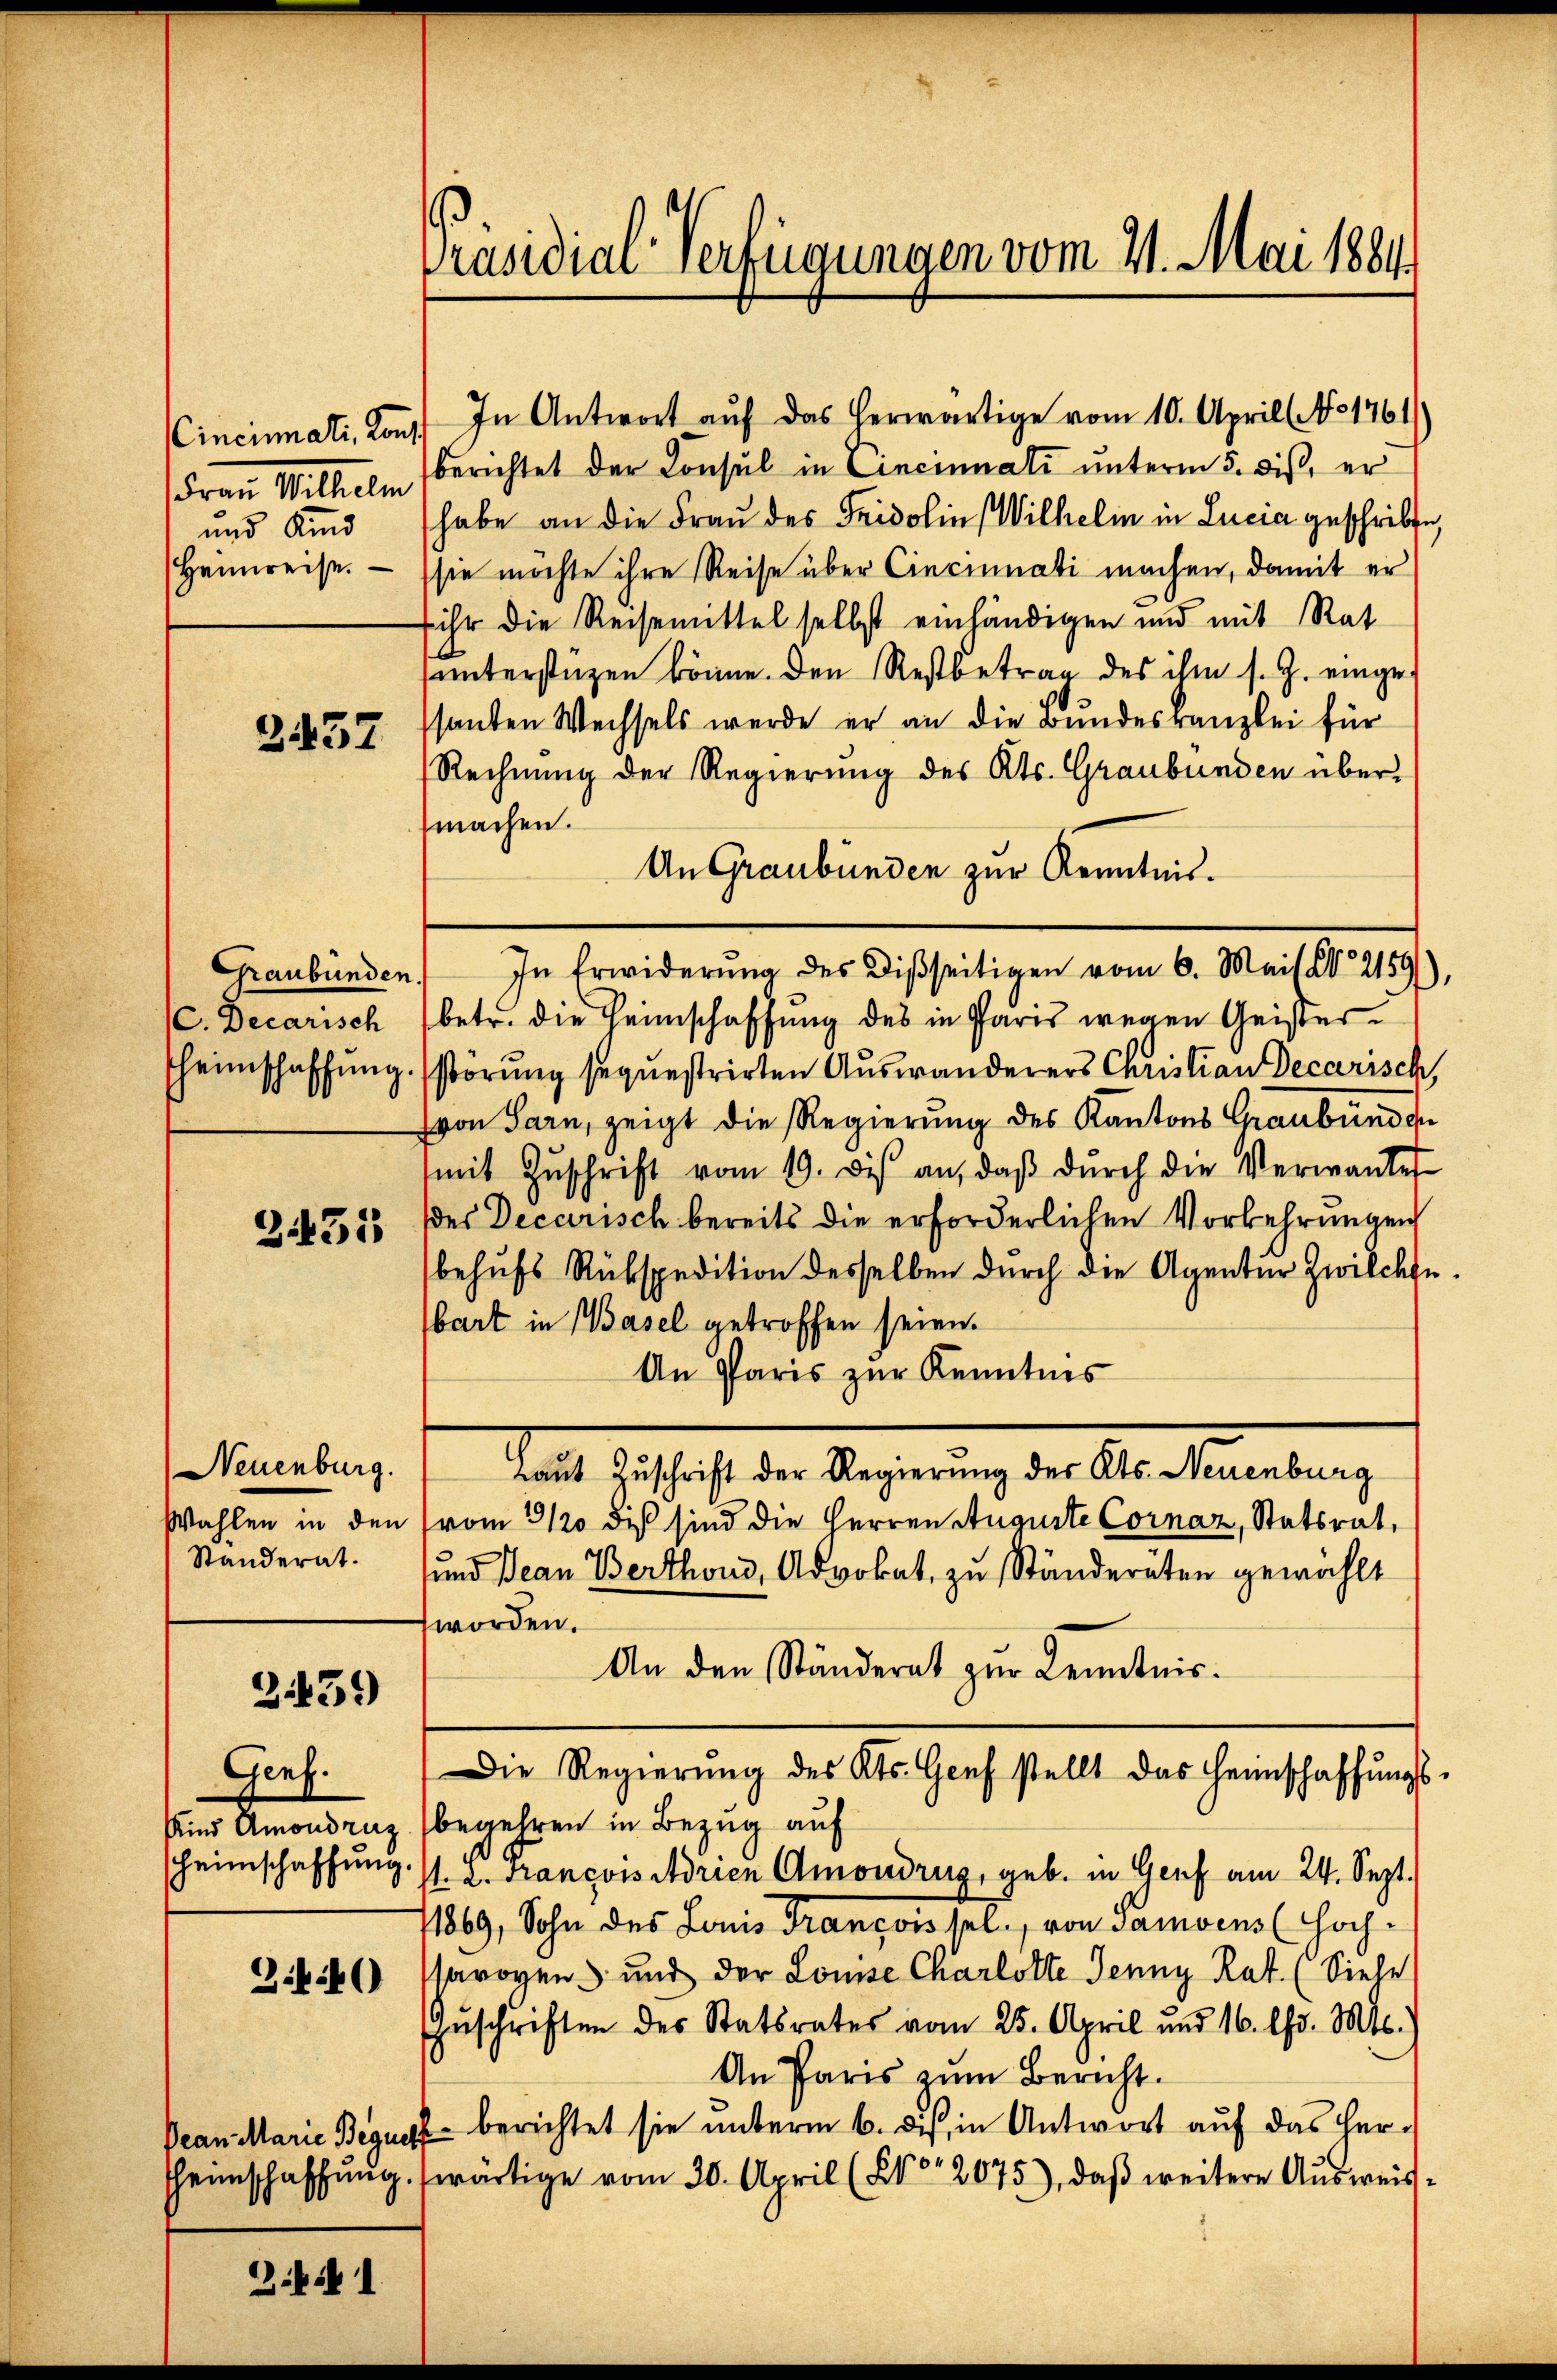
CCincinati, Kons.
Frau Mitteln
und Kind
Heimreise.

3437

Graubünden.
C. Decarisch

3431

Neuenburg.
Standerat.

3459)

Genf.

3.40

B. I

Präsidial-Verfügungen vom 4. Mai 1884.

In Antwort auf das herwärtige vom 10. April No 1761
berichtet der Consul in Cincinnati unterm 5. dieß, er
habe an die Frau der Fridolin Wilhelm in Lucia geschribte,
sie möchte ihre Reise über Cincinati machen, damit er
ihr die Reisemittel selbst einhändigen und mit Rat
hunterstüzen könne. Den Restbetrag des ihm s. Z. eingesanten Wechsels werde er an die Bundeskanzlei für
Rechnŭng der Regierŭng des Kts. Graubünden übermachen.
An Graubünden zur Kenntnis.
In Erwiderŭng des Disseitigen vom 6. Mai d. 2159),
betr. die Heimschaffung des in Paris wegen Geisterheimschaffung. störung sequestrirten Auswanderers Christian Decarisch,
von Sarn, zeigt die Regierung des Kantons Graubünden
mit Zŭschrift vom 19. dis an, daβ dŭrch die Verwander
es Decarisch bereits die erforderlichen Vorkehrungen
behufs Rükspedition desselben durch die Agentür Zwilchsebart in Basel getroffen seien.
An Paris zur Kenntnis
raut Zuschrift der Regierung des Kts. Neuenburg
Wahlen in den (vom 3/20 dis sind die Herren Auguste Cornaz, Statsrat,
e
und Jean Berthous, Advokat, zu Ständeräten gewählt
worden.
An den Ständerat zur Kenntnis.
Die Regierŭng des Kts. Genf stellt das Heimschaffŭngs-
Kind Amondruz begehren in Bezug auf
heimschaffung s. Z. Francois Adrien Amordrus, geb. in Genf am 24. Sept.
71869, Sohn des Louis Francois sel., von Samvens (Hochsaroven und der Louise Charlotte Jenny Rat. (Siehe
Zŭschriften des Statsrates vom 25. April und 16. Chr. Mts.
An Paris zum Bericht.
Dean Marie Begut berichtet sie unterm 6. du, in Antwort auf das Herheimschaffŭng wärtige vom 30. April (XVor 2075), daβ weitere Aŭsweis¬